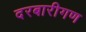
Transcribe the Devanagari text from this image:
दरबारीगण